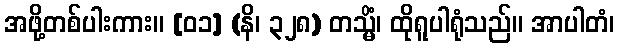
အဖို့တစ်ပါးကား။ [၀၁] (နိ၊ ၃၂၈) တသ္မိံ၊ ထိုရူပါရုံသည်။ အာပါတံ၊